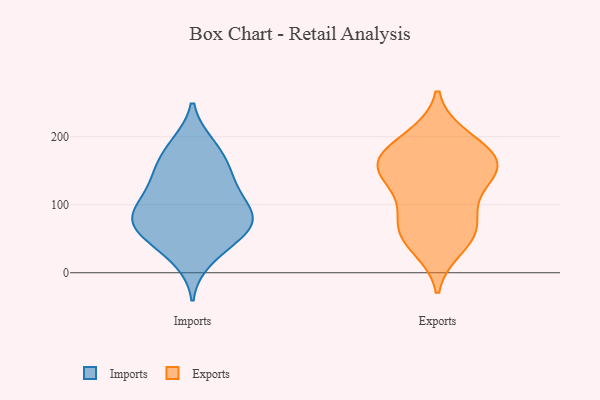
{"axis": {"x": "Page Views", "y": "Value"}, "legend": ["Exports", "Imports"], "data": [{"x": "", "y": 188, "type": "Imports"}, {"x": "", "y": 67, "type": "Imports"}, {"x": "", "y": 36, "type": "Imports"}, {"x": "", "y": 147, "type": "Imports"}, {"x": "", "y": 130, "type": "Imports"}, {"x": "", "y": 79, "type": "Imports"}, {"x": "", "y": 100, "type": "Imports"}, {"x": "", "y": 68, "type": "Imports"}, {"x": "", "y": 50, "type": "Imports"}, {"x": "", "y": 82, "type": "Imports"}, {"x": "", "y": 80, "type": "Imports"}, {"x": "", "y": 19, "type": "Imports"}, {"x": "", "y": 162, "type": "Imports"}, {"x": "", "y": 67, "type": "Imports"}, {"x": "", "y": 150, "type": "Imports"}, {"x": "", "y": 102, "type": "Imports"}, {"x": "", "y": 117, "type": "Imports"}, {"x": "", "y": 189, "type": "Imports"}, {"x": "", "y": 38, "type": "Exports"}, {"x": "", "y": 64, "type": "Exports"}, {"x": "", "y": 170, "type": "Exports"}, {"x": "", "y": 199, "type": "Exports"}, {"x": "", "y": 147, "type": "Exports"}, {"x": "", "y": 151, "type": "Exports"}, {"x": "", "y": 156, "type": "Exports"}, {"x": "", "y": 54, "type": "Exports"}, {"x": "", "y": 114, "type": "Exports"}, {"x": "", "y": 158, "type": "Exports"}, {"x": "", "y": 64, "type": "Exports"}, {"x": "", "y": 159, "type": "Exports"}, {"x": "", "y": 193, "type": "Exports"}, {"x": "", "y": 92, "type": "Exports"}]}